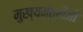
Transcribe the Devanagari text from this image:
मुख्यमंत्रीजी